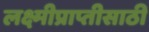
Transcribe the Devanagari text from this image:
लक्ष्मीप्राप्तीसाठी